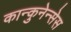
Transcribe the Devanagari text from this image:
कान्कुनेन्सेस